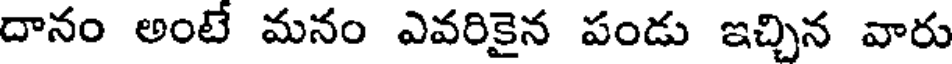
దానం అంటే మనం ఎవరికైన పండు ఇచ్చిన వారు